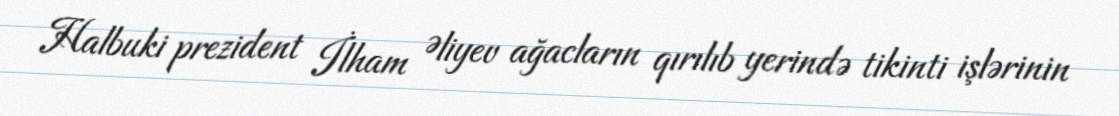
Halbuki prezident İlham Əliyev ağacların qırılıb yerində tikinti işlərinin